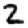
Digit: 2